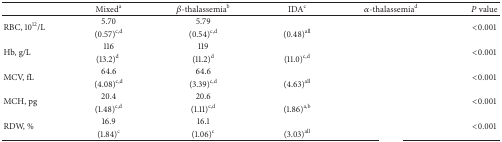
<table><thead><tr><td>[EMPTY_CELL]</td><td><b>Mixed<sup>a</sup></b></td><td><b><i>β</i>-thalassemia<sup>b</sup></b></td><td><b>IDA<sup>c</sup></b></td><td><b><i>α</i>-thalassemia<sup>d</sup></b></td><td><b><i>P</i> value</b></td></tr></thead><tbody><tr><td rowspan="2">RBC, 10<sup>12</sup>/L</td><td>5.70 </td><td>5.79</td><td>[EMPTY_CELL]</td><td>[EMPTY_CELL]</td><td rowspan="2">&lt;0.001</td></tr><tr><td>(0.57)<sup>c,d</sup></td><td> (0.54)<sup>c,d</sup></td><td> (0.48)<sup>all</sup></td><td>[EMPTY_CELL]</td></tr><tr><td rowspan="2">Hb, g/L</td><td>116 </td><td>119</td><td>[EMPTY_CELL]</td><td>[EMPTY_CELL]</td><td rowspan="2">&lt;0.001</td></tr><tr><td>(13.2)<sup>d</sup></td><td> (11.2)<sup>d</sup></td><td>(11.0)<sup>c,d</sup></td><td>[EMPTY_CELL]</td></tr><tr><td rowspan="2">MCV, fL</td><td>64.6 </td><td>64.6 </td><td>[EMPTY_CELL]</td><td>[EMPTY_CELL]</td><td rowspan="2">&lt;0.001</td></tr><tr><td>(4.08)<sup>c,d</sup></td><td>(3.39)<sup>c,d</sup></td><td> (4.63)<sup>all</sup></td><td>[EMPTY_CELL]</td></tr><tr><td rowspan="2">MCH, pg</td><td>20.4 </td><td>20.6 </td><td>[EMPTY_CELL]</td><td>[EMPTY_CELL]</td><td rowspan="2">&lt;0.001</td></tr><tr><td>(1.48)<sup>c,d</sup></td><td>(1.11)<sup>c,d</sup></td><td>(1.86)<sup>a,b</sup></td><td>[EMPTY_CELL]</td></tr><tr><td rowspan="2">RDW, %</td><td>16.9 </td><td>16.1</td><td>[EMPTY_CELL]</td><td>[EMPTY_CELL]</td><td rowspan="2">&lt;0.001</td></tr><tr><td>(1.84)<sup>c</sup></td><td> (1.06)<sup>c</sup></td><td> (3.03)<sup>all</sup></td><td>[EMPTY_CELL]</td></tr></tbody></table>